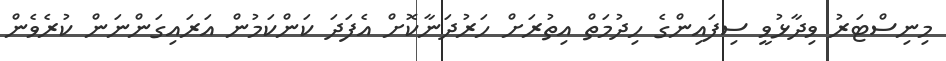
މިނިސްޓަރު ވިދާޅުވީ ސިފައިންގެ ހިދުމަތް އިތުރަށް ހަރުދަނާކޮށް އެފަދަ ކަންކަމުން އަރައިގަންނަން ކުރެވެން